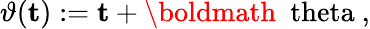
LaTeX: \vartheta({\mathbf t}):={\mathbf t}+\mathrm{\boldmath~\ theta~},